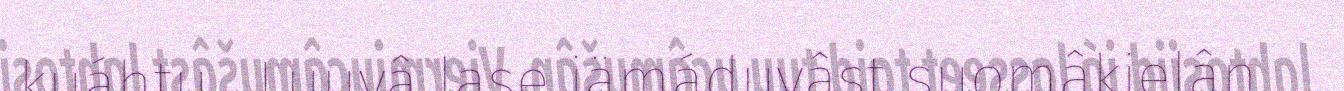
kuáhtu . Luuvâ lase iämáduvâst suomâkielân.